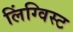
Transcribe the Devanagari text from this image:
लिंग्विस्ट